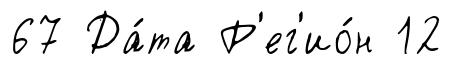
67 Да́та Р'ег'ио́н 12